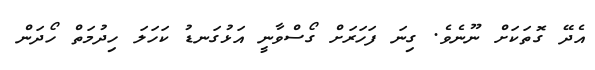
އެދޭ ގޮތަކަށް ނޫނެވެ. ގިނަ ފަހަރަށް ގޯސްވާނީ އަޅުގަނޑު ކަހަލަ ހިދުމަތް ހޯދަން